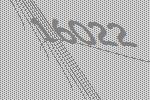
16022